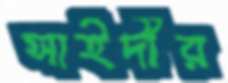
সাইদীর